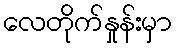
လေတိုက်နှုန်းမှာ